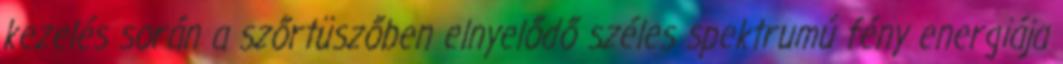
kezelés során a szőrtüszőben elnyelődő széles spektrumú fény energiája